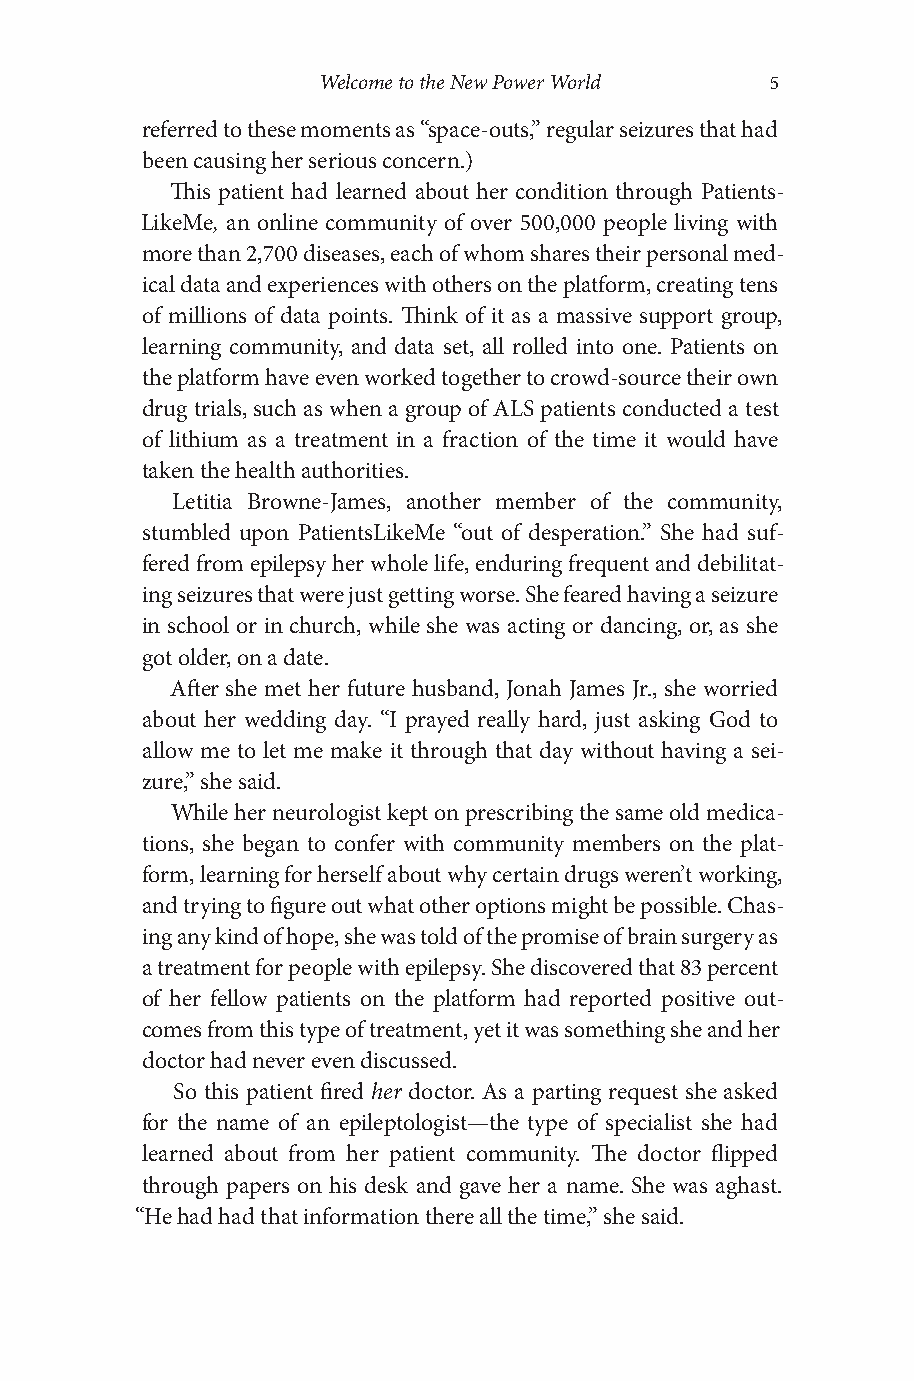
Welcome to the New Power World 5
 referred to these moments as “space-o uts,” regular seizures that had
 been causing her serious concern.)
 This patient had learned about her condition through Patients-
 LikeMe, an online community of over 500,000 people living with
 more than 2,700 diseases, each of whom shares their personal med-
 ical data and experiences with others on the platform, creating tens
 of millions of data points. Think of it as a massive support group,
 learning community, and data set, all rolled into one. Patients on
 the platform have even worked together to crowd-s ource their own
 drug trials, such as when a group of ALS patients conducted a test
 of lithium as a treatment in a fraction of the time it would have
 taken the health authorities.
 Letitia Browne- James, another member of the community,
 stumbled upon PatientsLikeMe “out of desperation.” She had suf-
 fered from epilepsy her whole life, enduring frequent and debilitat-
 ing seizures that were just getting worse. She feared having a seizure
 in school or in church, while she was acting or dancing, or, as she
 got older, on a date.
 After she met her future husband, Jonah James Jr., she worried
 about her wedding day. “I prayed really hard, just asking God to
 allow me to let me make it through that day without having a sei-
 zure,” she said.
 While her neurologist kept on prescribing the same old medica-
 tions, she began to confer with community members on the plat-
 form, learning for herself about why certain drugs weren’t working,
 and trying to figure out what other options might be possible. Chas-
 ing any kind of hope, she was told of the promise of brain surgery as
 a treatment for people with epilepsy. She discovered that 83 percent
 of her fellow patients on the platform had reported positive out-
 comes from this type of treatment, yet it was something she and her
 doctor had never even discussed.
 So this patient fired her doctor. As a parting request she asked
 for the name of an epileptologist—t he type of specialist she had
 learned about from her patient community. The doctor flipped
 through papers on his desk and gave her a name. She was aghast.
 “He had had that information there all the time,” she said.